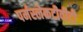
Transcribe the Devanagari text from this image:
पर्मस्लेकटीवीटी